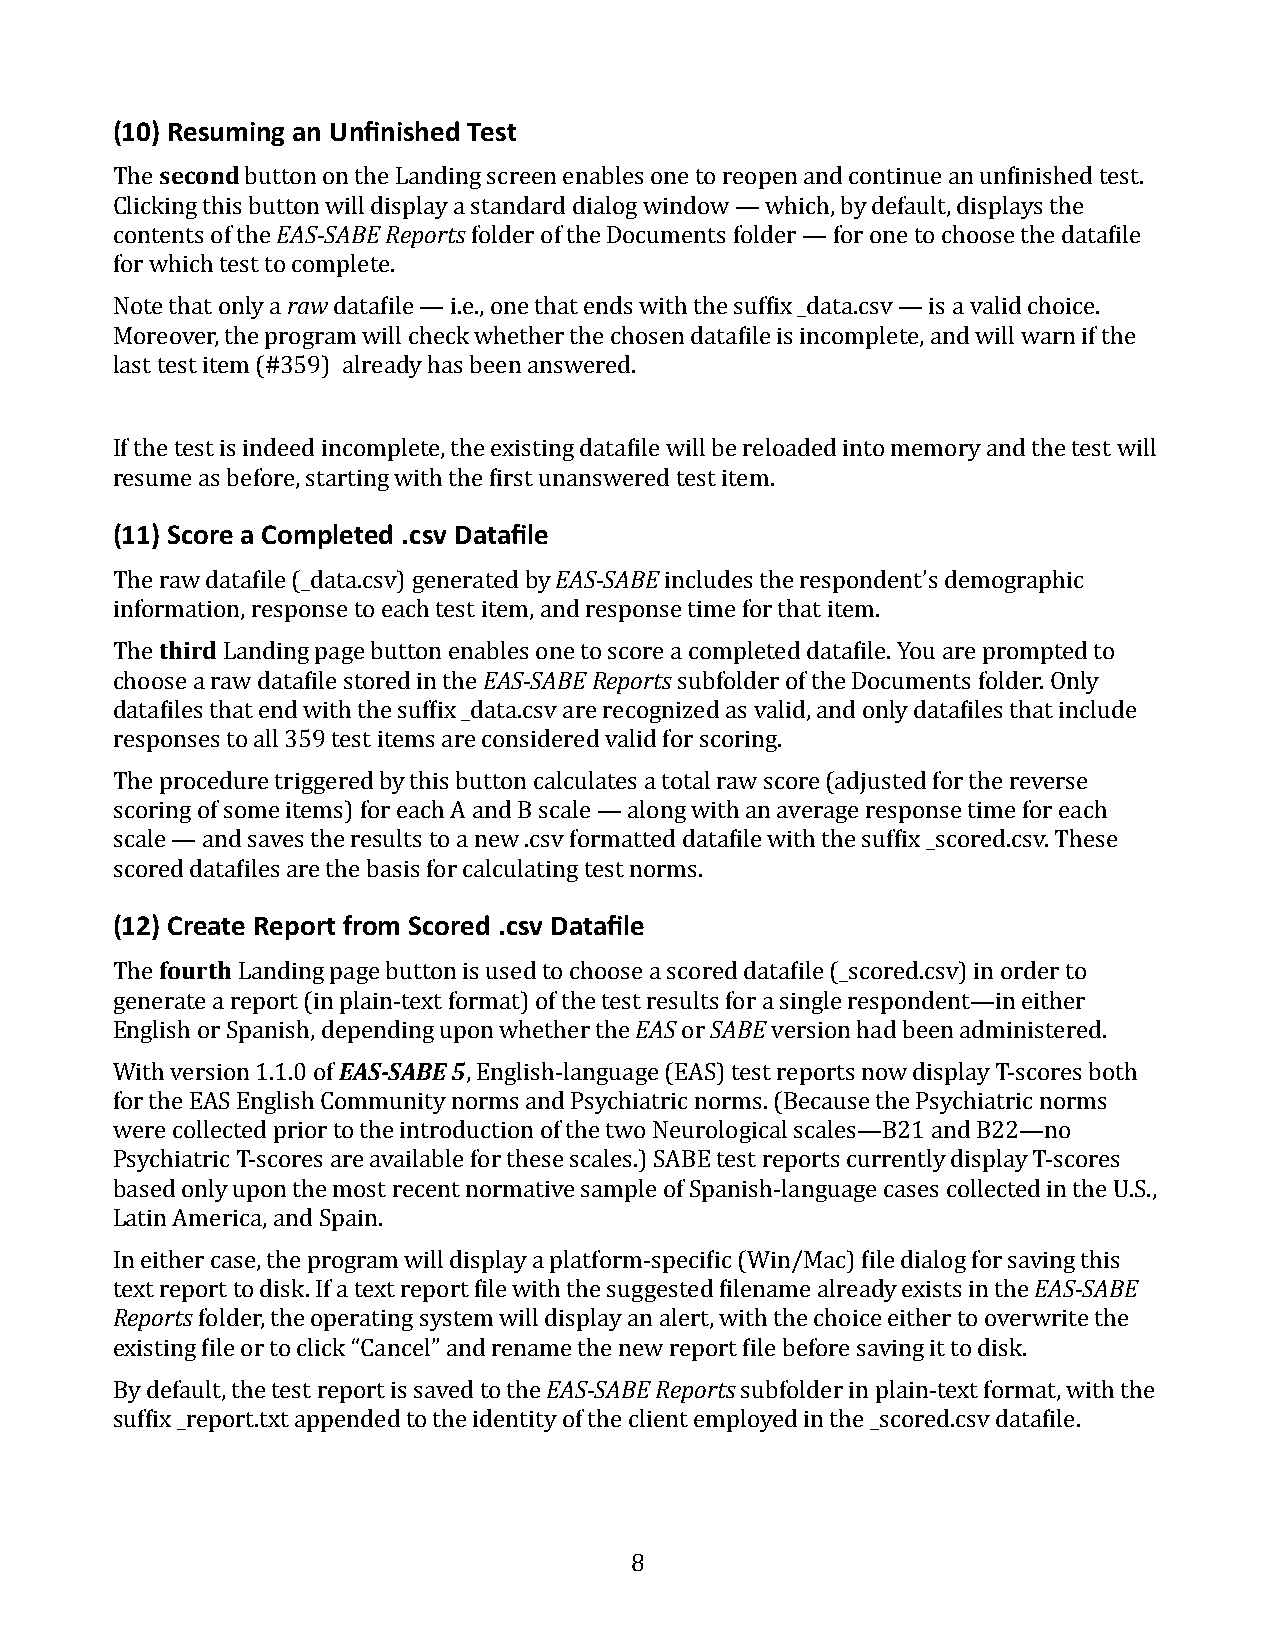
(10) Resuming an Unfinished Test
 The second button on the Landing screen enables one to reopen and continue an unfinished test.
 Clicking this button will display a standard dialog window — which, by default, displays the
 contents of the EAS-SABE Reports folder of the Documents folder — for one to choose the datafile
 for which test to complete.
 Note that only a raw datafile — i.e., one that ends with the suffix _data.csv — is a valid choice.
 Moreover, the program will check whether the chosen datafile is incomplete, and will warn if the
 last test item (#359) already has been answered.
 If the test is indeed incomplete, the existing datafile will be reloaded into memory and the test will
 resume as before, starting with the first unanswered test item.
 (11) Score a Completed .csv Datafile
 The raw datafile (_data.csv) generated by EAS-SABE includes the respondent’s demographic
 information, response to each test item, and response time for that item.
 The third Landing page button enables one to score a completed datafile. You are prompted to
 choose a raw datafile stored in the EAS-SABE Reports subfolder of the Documents folder. Only
 datafiles that end with the suffix _data.csv are recognized as valid, and only datafiles that include
 responses to all 359 test items are considered valid for scoring.
 The procedure triggered by this button calculates a total raw score (adjusted for the reverse
 scoring of some items) for each A and B scale — along with an average response time for each
 scale — and saves the results to a new .csv formatted datafile with the suffix _scored.csv. These
 scored datafiles are the basis for calculating test norms.
 (12) Create Report from Scored .csv Datafile
 The fourth Landing page button is used to choose a scored datafile (_scored.csv) in order to
 generate a report (in plain-text format) of the test results for a single respondent—in either
 English or Spanish, depending upon whether the EAS or SABE version had been administered.
 With version 1.1.0 of EAS-SABE 5, English-language (EAS) test reports now display T-scores both
 for the EAS English Community norms and Psychiatric norms. (Because the Psychiatric norms
 were collected prior to the introduction of the two Neurological scales—B21 and B22—no
 Psychiatric T-scores are available for these scales.) SABE test reports currently display T-scores
 based only upon the most recent normative sample of Spanish-language cases collected in the U.S.,
 Latin America, and Spain.
 In either case, the program will display a platform-specific (Win/Mac) file dialog for saving this
 text report to disk. If a text report file with the suggested filename already exists in the EAS-SABE
 Reports folder, the operating system will display an alert, with the choice either to overwrite the
 existing file or to click “Cancel” and rename the new report file before saving it to disk.
 By default, the test report is saved to the EAS-SABE Reports subfolder in plain-text format, with the
 suffix _report.txt appended to the identity of the client employed in the _scored.csv datafile.
 8